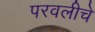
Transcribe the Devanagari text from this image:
परवलीचे